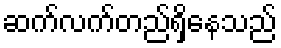
ဆက်လက်တည်ရှိနေသည်